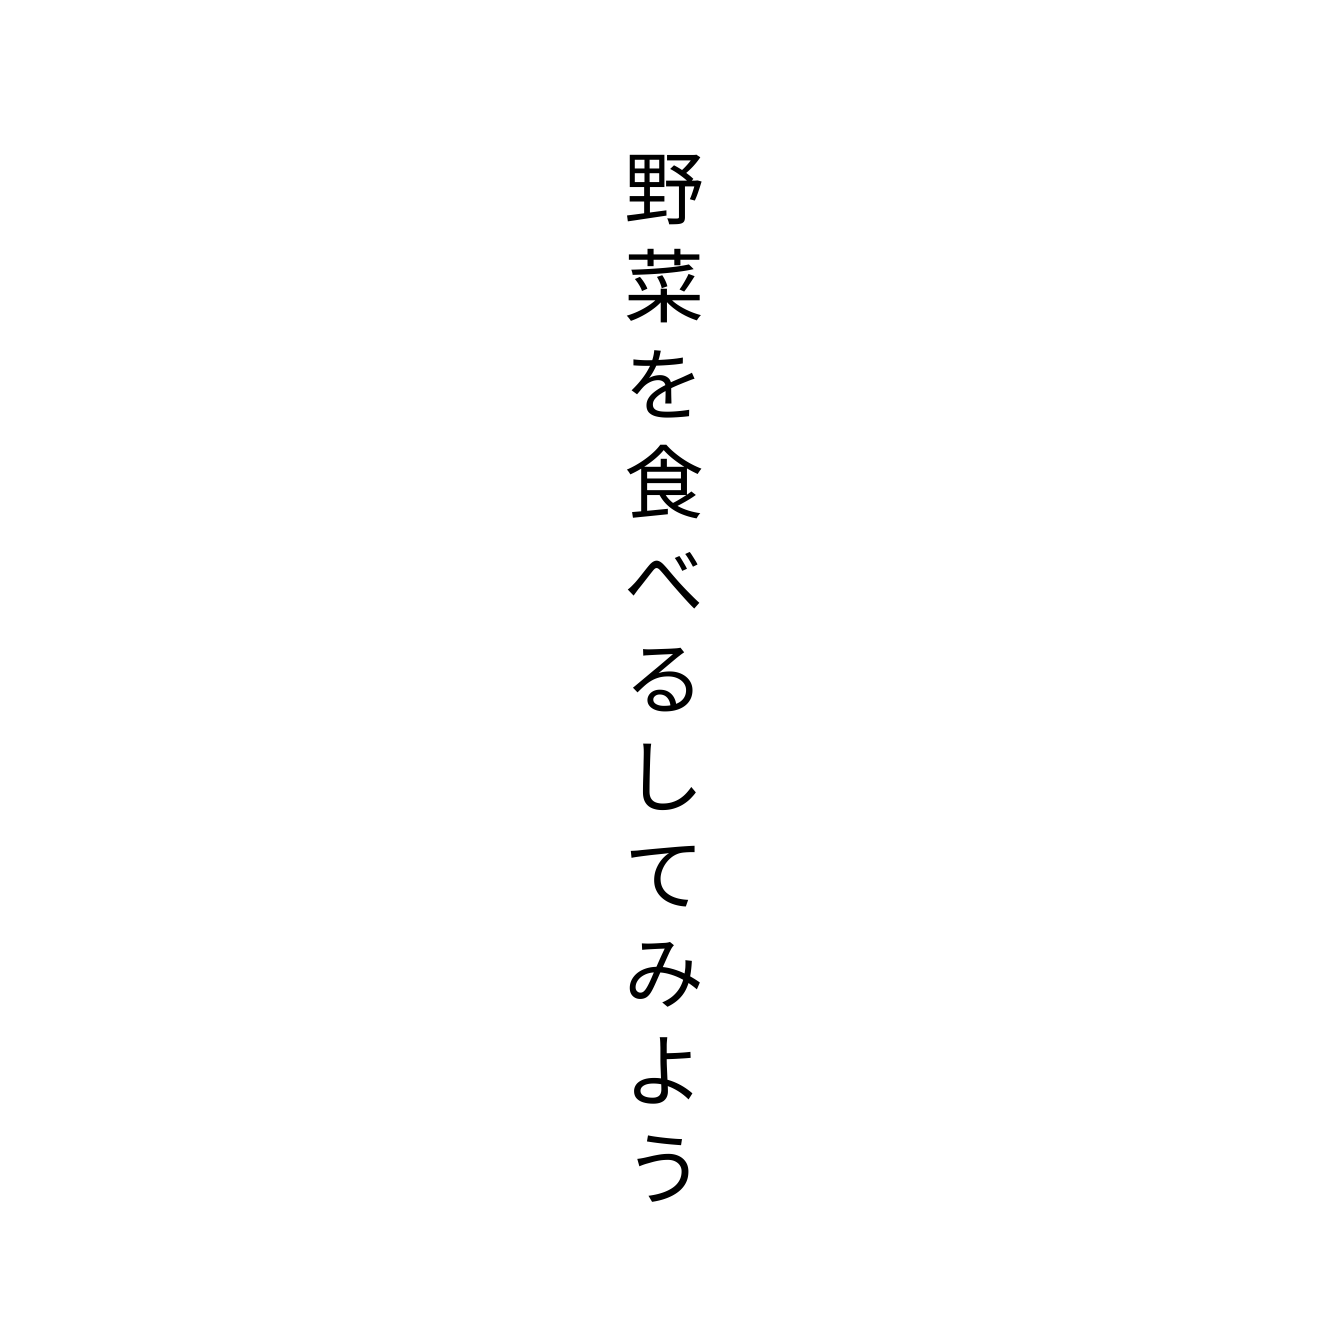
野菜を食べるしてみよう